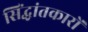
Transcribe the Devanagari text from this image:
सिंद्धांतकारों